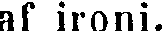
af ironi.